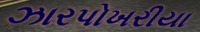
ઝારપોખરીયા